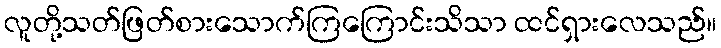
လူတို့သတ်ဖြတ်စားသောက်ကြကြောင်းသိသာ ထင်ရှားလေသည်။